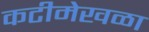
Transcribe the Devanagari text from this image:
कटीमेखळा